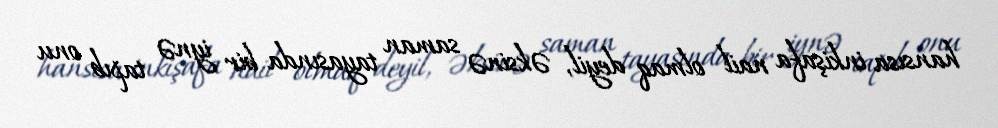
hansısa inkişafa nail olmaq deyil, əksinə saman tayasında bir iynə tapıb onu